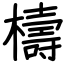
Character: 檮